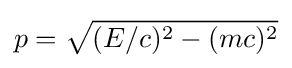
p={\sqrt {(E/c)^{2}-(mc)^{2}}}